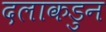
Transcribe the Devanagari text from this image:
दलाकडुन